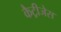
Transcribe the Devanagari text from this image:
कैट्रीजेस